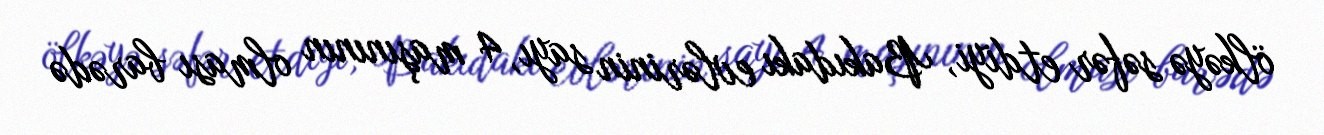
ölkəyə səfər etdiyi, Bakıdakı evlərinin sayı, 4 maşınının olması barədə